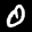
Label: 0